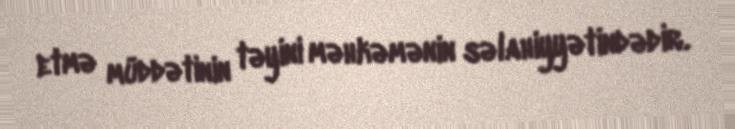
etmə müddətinin təyini məhkəmənin səlahiyyətindədir.